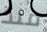
منذ